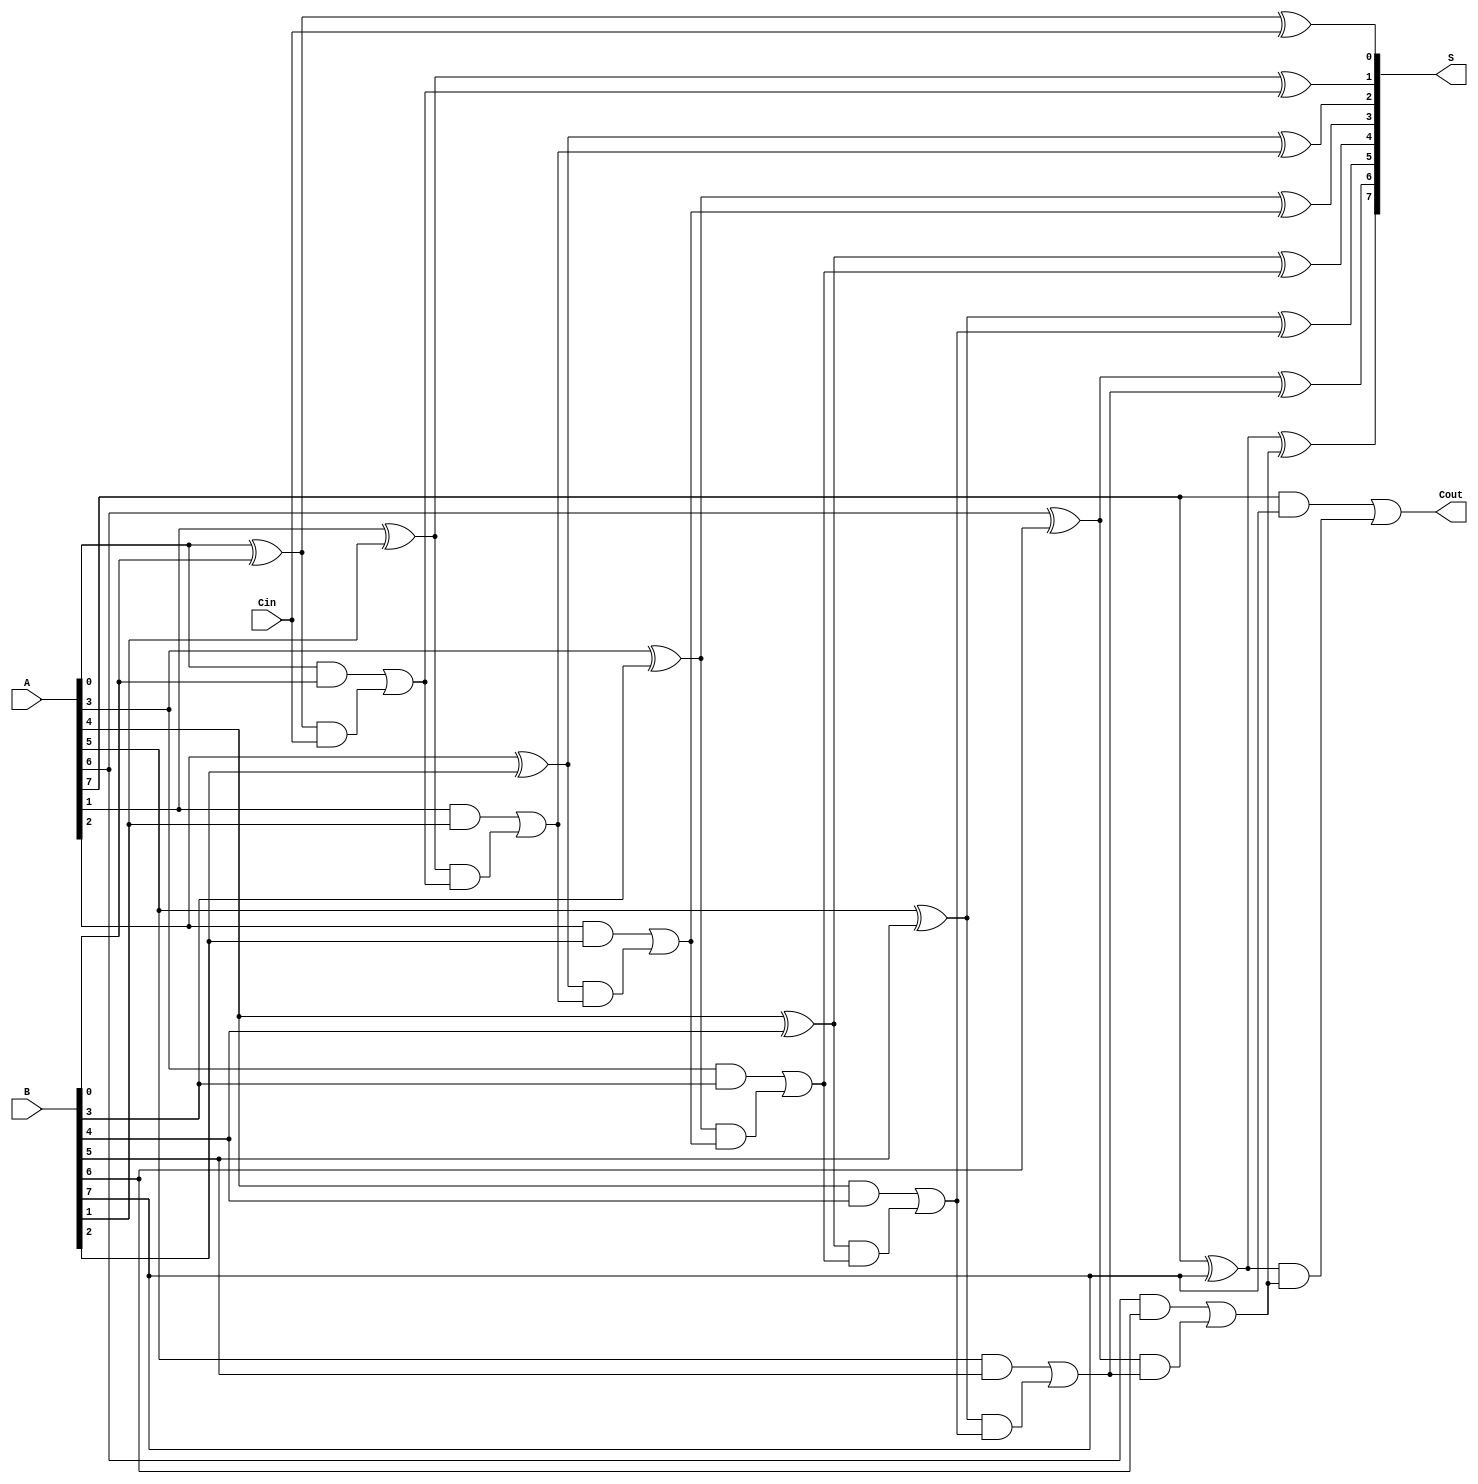
module PrecomputationCarryAdder #(parameter n = 8) (
    input [n-1:0] A,      // n-bit input A
    input [n-1:0] B,      // n-bit input B
    input Cin,            // Carry-in
    output [n-1:0] S,     // n-bit sum output
    output Cout           // Carry-out
);

// Internal signals for carries
wire [n:0] carry; // carry[n] is the carry out

// Precomputation of carry signals
generate
    genvar i;
    for (i = 0; i < n; i = i + 1) begin : carry_gen
        if (i == 0) begin
            assign carry[i] = A[i] & B[i] | (A[i] ^ B[i]) & Cin; // C0
        end else begin
            assign carry[i] = A[i] & B[i] | (A[i] ^ B[i]) & carry[i-1]; // Ci
        end
    end
endgenerate

// Final carry out
assign Cout = carry[n-1];

// Sum calculation
generate
    for (i = 0; i < n; i = i + 1) begin : sum_calc
        if (i == 0) begin
            assign S[i] = A[i] ^ B[i] ^ Cin; // S0
        end else begin
            assign S[i] = A[i] ^ B[i] ^ carry[i-1]; // Si
        end
    end
endgenerate

endmodule